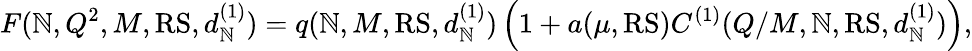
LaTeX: F(\mathbb{N},Q^{2},M,\mathrm{{RS}},d_{\mathbb{N}}^{(1)})=q(\mathbb{N},M,{\mathrm{{RS}}},d_{\mathbb{N}}^{(1)})\left(1+a(\mu,{\mathrm{{RS}}})C^{(1)}(Q/M,\mathbb{N},{\mathrm{{RS}}},d_{\mathbb{N}}^{(1)})\right),